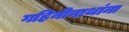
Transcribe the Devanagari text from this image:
गहिनीनाथांना